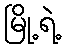
မြို့ရဲ့